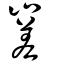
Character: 嵳